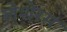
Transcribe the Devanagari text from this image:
लेशेरस